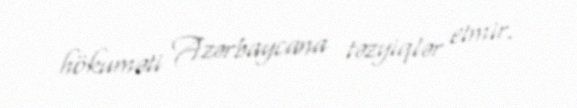
hökuməti Azərbaycana təzyiqlər etmir.